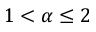
1 < \alpha \leq 2